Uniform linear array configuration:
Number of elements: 12
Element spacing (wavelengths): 0.75
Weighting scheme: hamming
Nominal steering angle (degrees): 15
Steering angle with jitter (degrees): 13.434
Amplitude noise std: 0.05
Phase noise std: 0.05

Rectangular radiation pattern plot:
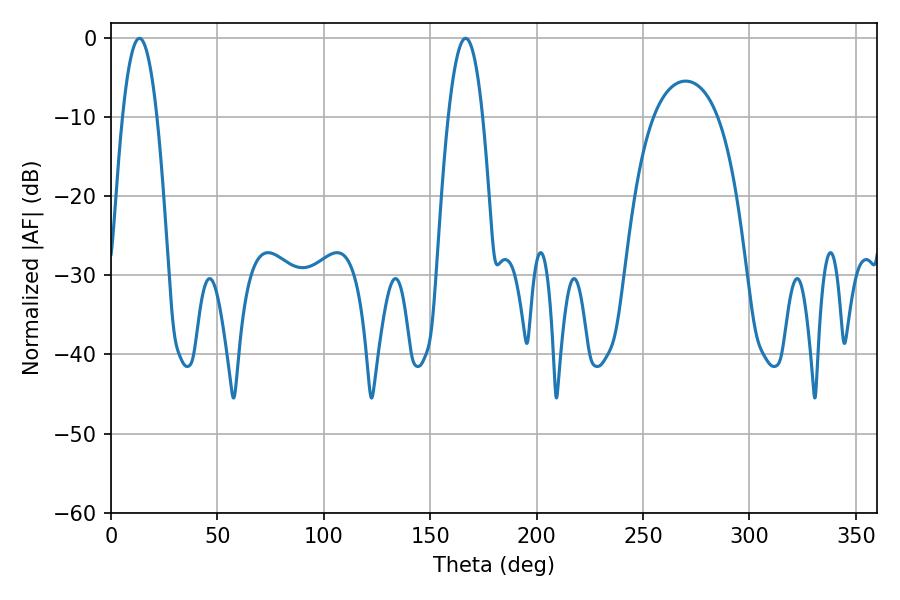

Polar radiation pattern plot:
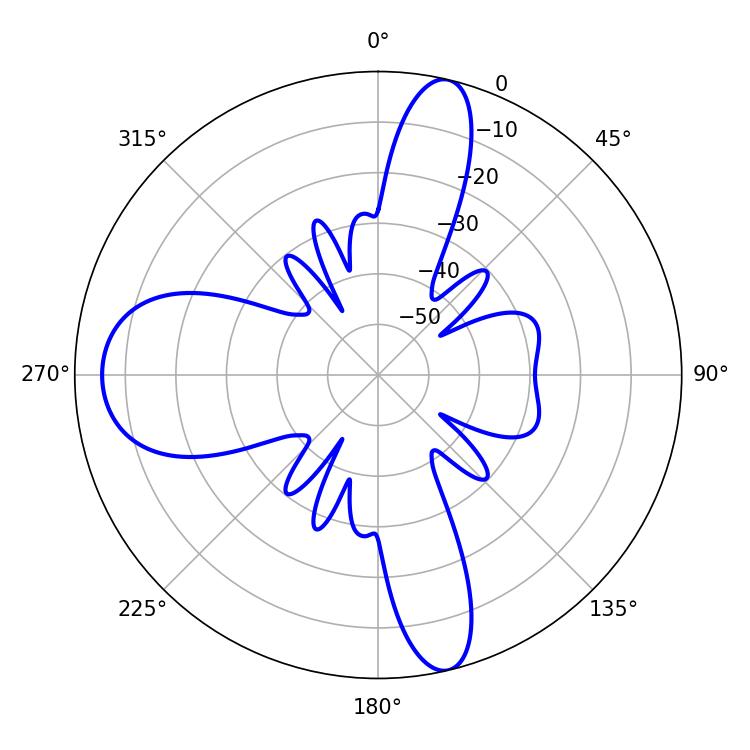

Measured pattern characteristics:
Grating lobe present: TRUE
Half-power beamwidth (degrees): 8.82
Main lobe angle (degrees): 13.32